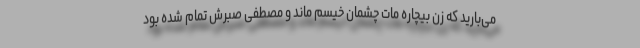
می‌بارید که زن بیچاره مات چشمان خیسم ماند و مصطفی صبرش تمام شده بود